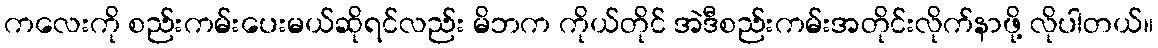
ကလေးကို စည်းကမ်းပေးမယ်ဆိုရင်လည်း မိဘက ကိုယ်တိုင် အဲဒီစည်းကမ်းအတိုင်းလိုက်နာဖို့ လိုပါတယ်။